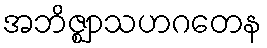
အဘိဇ္ဈာသဟဂတေန